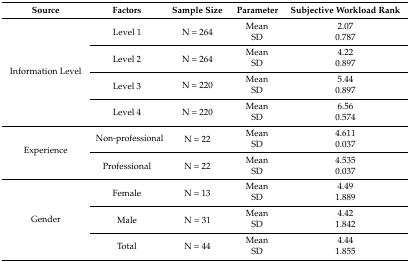
<table><thead><tr><td><b>Source</b></td><td><b>Factors</b></td><td><b>Sample Size</b></td><td><b>Parameter</b></td><td><b>Subjective Workload Rank</b></td></tr></thead><tbody><tr><td rowspan="8">Information Level</td><td rowspan="2">Level 1</td><td rowspan="2">N = 264</td><td>Mean</td><td>2.07</td></tr><tr><td>SD</td><td>0.787</td></tr><tr><td rowspan="2">Level 2</td><td rowspan="2">N = 264</td><td>Mean</td><td>4.22</td></tr><tr><td>SD</td><td>0.897</td></tr><tr><td rowspan="2">Level 3</td><td rowspan="2">N = 220</td><td>Mean</td><td>5.44</td></tr><tr><td>SD</td><td>0.897</td></tr><tr><td rowspan="2">Level 4</td><td rowspan="2">N = 220</td><td>Mean</td><td>6.56</td></tr><tr><td>SD</td><td>0.574</td></tr><tr><td rowspan="4">Experience</td><td rowspan="2">Non-professional</td><td rowspan="2">N = 22</td><td>Mean</td><td>4.611</td></tr><tr><td>SD</td><td>0.037</td></tr><tr><td rowspan="2">Professional</td><td rowspan="2">N = 22</td><td>Mean</td><td>4.535</td></tr><tr><td>SD</td><td>0.037</td></tr><tr><td rowspan="6">Gender</td><td rowspan="2">Female</td><td rowspan="2">N = 13</td><td>Mean</td><td>4.49</td></tr><tr><td>SD</td><td>1.889</td></tr><tr><td rowspan="2">Male</td><td rowspan="2">N = 31</td><td>Mean</td><td>4.42</td></tr><tr><td>SD</td><td>1.842</td></tr><tr><td rowspan="2">Total</td><td rowspan="2">N = 44</td><td>Mean</td><td>4.44</td></tr><tr><td>SD</td><td>1.855</td></tr></tbody></table>